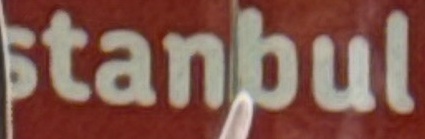
stanbul